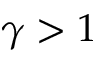
\gamma > 1